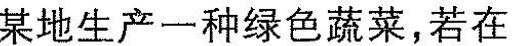
某地生产一种绿色蔬菜，若在